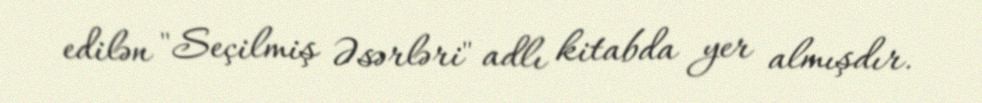
edilən "Seçilmiş Əsərləri" adlı kitabda yer almışdır.